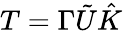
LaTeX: T=\Gamma\tilde{U}\hat{K}